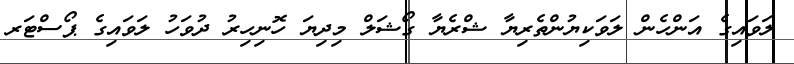
ލަވައިގެ އަންހެން ލަވަކިޔުންތެރިޔާ ޝްރެޔާ ގޯޝަލް މިދިޔަ ހޮނިހިރު ދުވަހު ލަވައިގެ ޕޯސްޓަރ